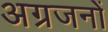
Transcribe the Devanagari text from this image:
अग्रजनों